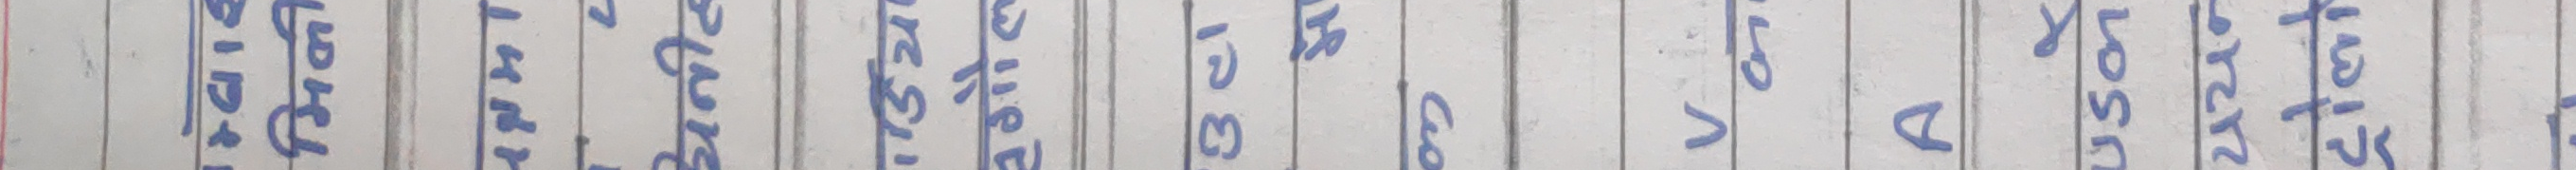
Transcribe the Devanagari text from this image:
०.३८१ ०.१२४ ०.२१ ०.८७५ ०.९ ०.०३१ ०.०५० ०.०२५ ०.३८० ०.४२५ ०.३२८ ०.२५१ ०.१३३ ०.२५३